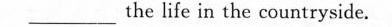
___the life in the countryside.